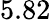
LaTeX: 5.82